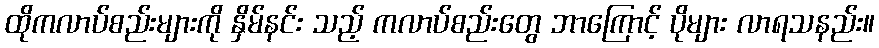
ထိုကလာပ်စည်းများကို နှိမ်နင်း သည့် ကလာပ်စည်းတွေ ဘာကြောင့် ပိုများ လာရသနည်း။